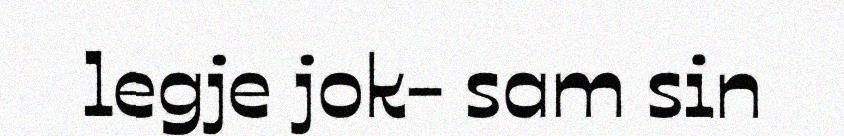
legje jok- sam sin